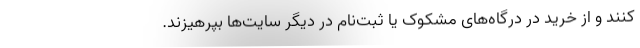
کنند و از خرید در درگاه‌های مشکوک یا ثبت‌نام در دیگر سایت‌ها بپرهیزند.